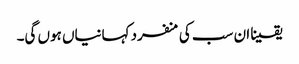
یقینا ان سب کی منفرد کہانیاں ہوں گی۔